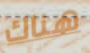
هناك